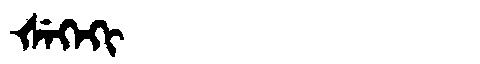
Manchu: ᡧᡝᡴᡝᡴᡳ
Romanization: ŠEKEKI